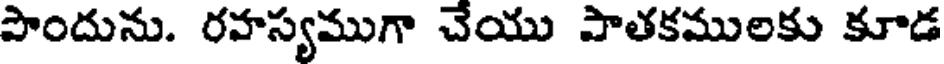
పొందును. రహస్యముగా చేయు పాతకములకు కూడ